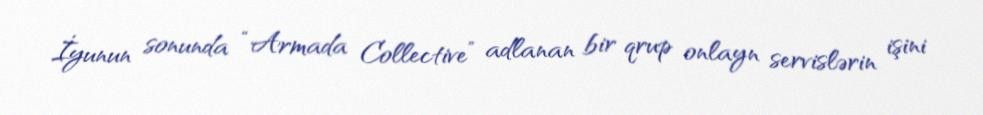
İyunun sonunda “Armada Collective” adlanan bir qrup onlayn servislərin işini